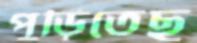
পুড়িতেছ